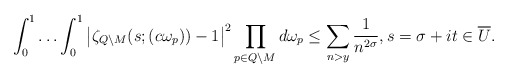
\begin{align*}\int_0^1\ldots\int_0^1\left|\zeta_{Q\setminus M}(s;(c\omega_p))-1\right|^2 \prod_{p\in Q\setminus M}d\omega_p\leq \sum_{n>y}\frac{1}{n^{2\sigma}},s=\sigma+it\in\overline{U}.\end{align*}